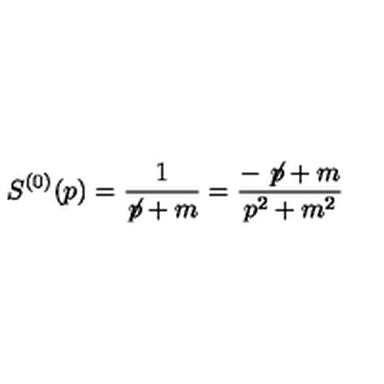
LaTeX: S ^ { ( 0 ) } ( p ) = \frac { 1 } { \not { \! p } + m } = \frac { - \not { \! p } + m } { p ^ { 2 } + m ^ { 2 } }